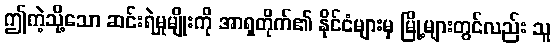
ဤကဲ့သို့သော ဆင်းရဲမှုမျိုးကို အာရှတိုက်၏ နိုင်ငံများမှ မြို့များတွင်လည်း သူ